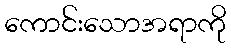
ကောင်းသောအရာကို